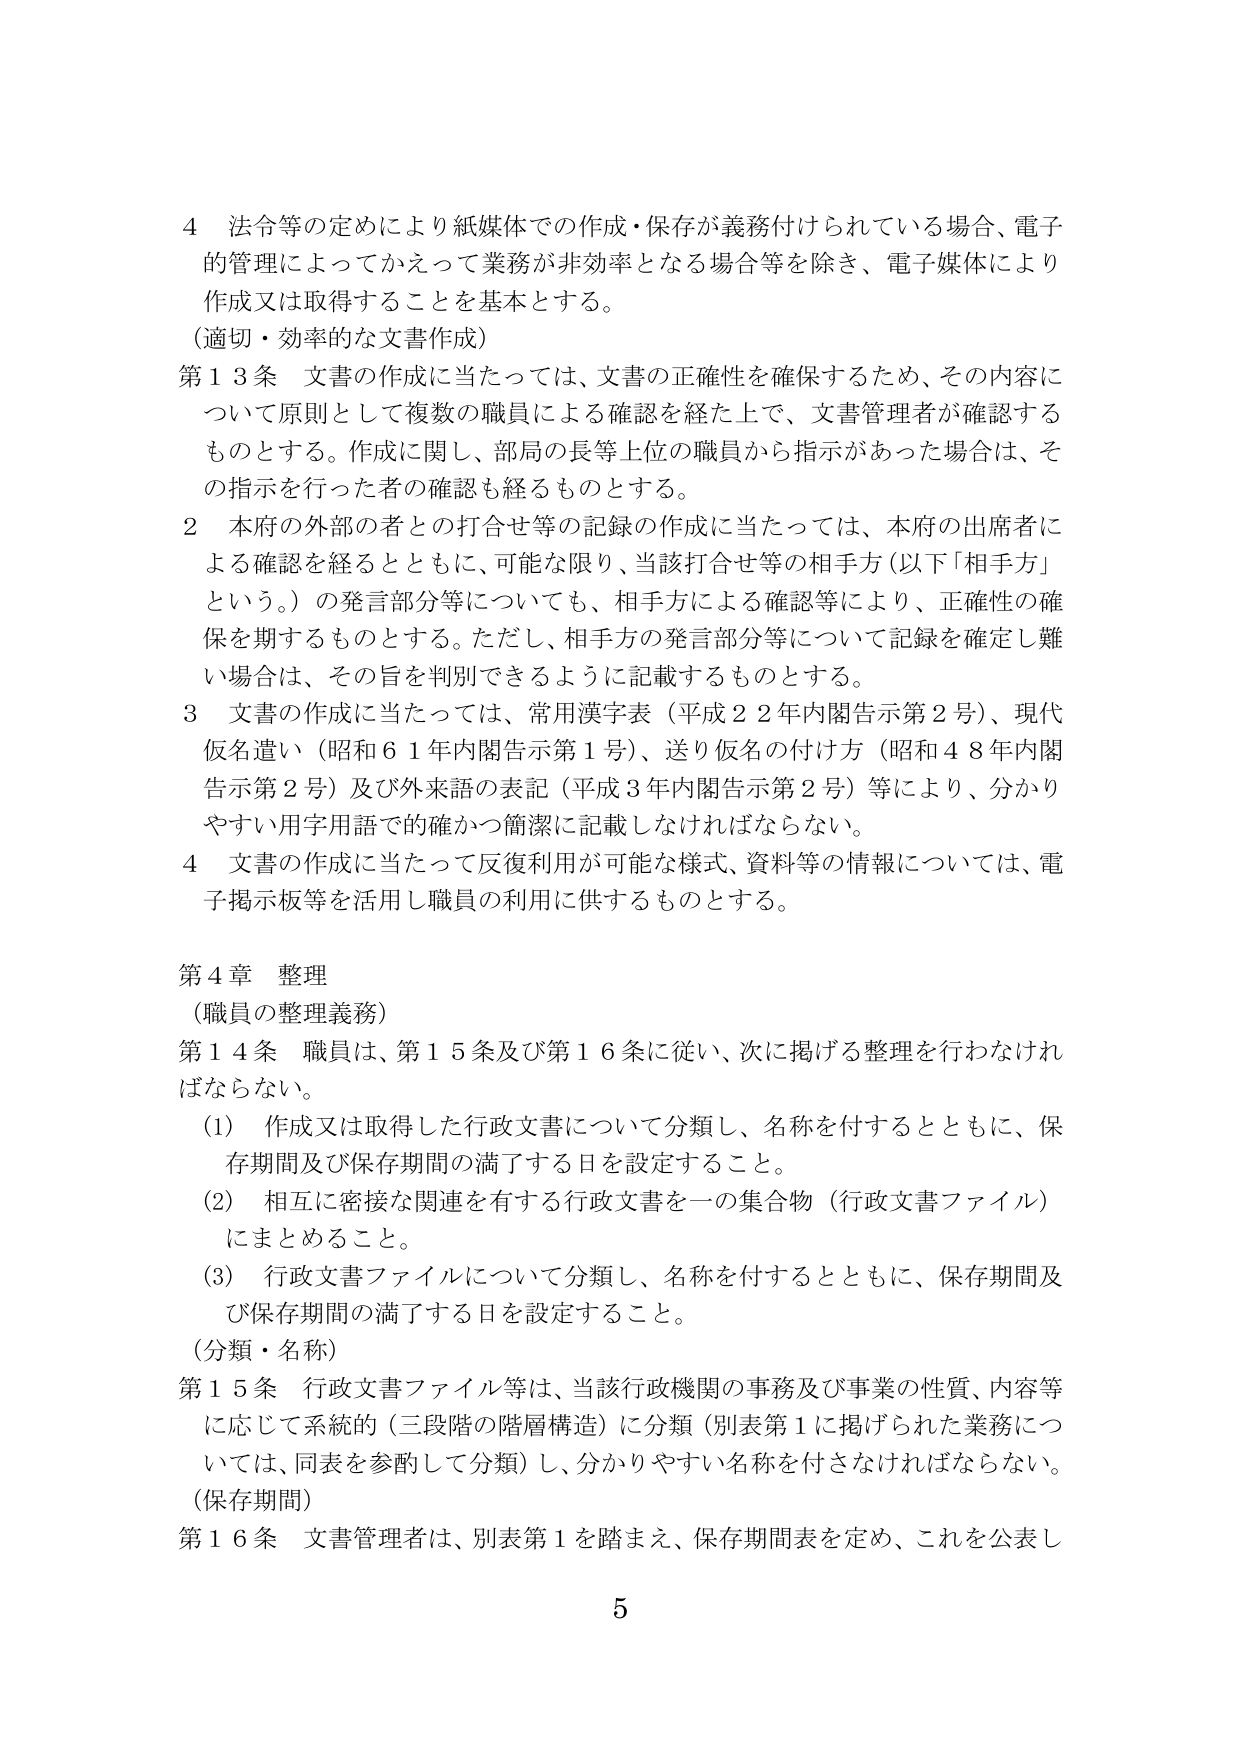
4 法令等の定めにより紙媒体での作成・保存が義務付けられている場合、電子的管理によってかえって業務が非効率となる場合等を除き、電子媒体により作成又は取得することを基本とする。
（適切・効率的な文書作成）
第13条 文書の作成に当たっては、文書の正確性を確保するため、その内容について原則として複数の職員による確認を経た上で、文書管理者が確認するものとする。作成に関し、部局の長等上位の職員から指示があった場合は、その指示を行った者の確認も経るものとする。
2 本府の外部の者との打合せ等の記録の作成に当たっては、本府の出席者による確認を経るとともに、可能な限り、当該打合せ等の相手方（以下「相手方」という。）の発言部分等についても、相手方による確認等により、正確性の確保を期するものとする。ただし、相手方の発言部分等について記録を確定し難い場合は、その旨を判別できるように記載するものとする。
3 文書の作成に当たっては、常用漢字表（平成22年内閣告示第2号）、現代仮名遣い（昭和61年内閣告示第1号）、送り仮名の付け方（昭和48年内閣告示第2号）及び外来語の表記（平成3年内閣告示第2号）等により、分かりやすい用字用語での確かかつ簡潔に記載しなければならない。
4 文書の作成に当たって反復利用が可能な様式、資料等の情報については、電子掲示板等を活用し職員の利用に供するものとする。

第4章 整理
（職員の整理義務）
第14条 職員は、第15条及び第16条に従い、次に掲げる整理を行わなければならない。
（1） 作成又は取得した行政文書について分類し、名称を付するとともに、保存期間及び保存期間の満了する日を設定すること。
（2） 相互に密接な関連を有する行政文書を一の集合物（行政文書ファイル）にまとめること。
（3） 行政文書ファイルについて分類し、名称を付するとともに、保存期間及び保存期間の満了する日を設定すること。
（分類・名称）
第15条 行政文書ファイル等は、当該行政機関の事務及び事業の性質、内容等に応じて系統的（三段階の階層構造）に分類（別表第1に掲げられた業務については、同表を参酌して分類）し、分かりやすい名称を付さなければならない。
（保存期間）
第16条 文書管理者は、別表第1を踏まえ、保存期間表を定め、これを公表し

5